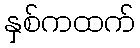
နှစ်ကထက်